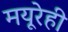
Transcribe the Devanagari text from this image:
मयूरेही